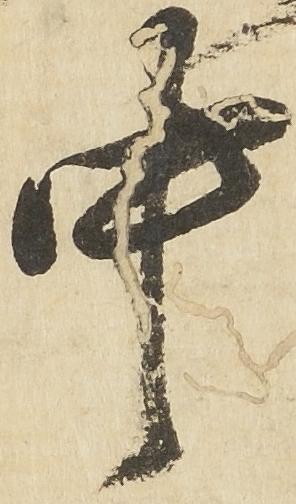
中